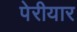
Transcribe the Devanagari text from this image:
पेरीयार